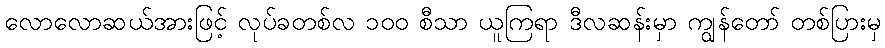
လောလောဆယ်အားဖြင့် လုပ်ခတစ်လ ၁၀၀ စီသာ ယူကြရာ ဒီလဆန်းမှာ ကျွန်တော် တစ်ပြားမှ